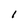
Character: 1